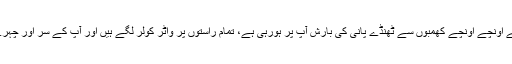
سڑکوں اور راستوں پر گزرتے ہوئے اُونچے اُونچے کھمبوں سے ٹھنڈے پانی کی بارش آپ پر ہورہی ہے، تمام راستوں پر واٹر کولر لگے ہیں اور آپ کے سر اور چہرے پر پانی کا چھڑکاؤ کیا جارہا ہے۔